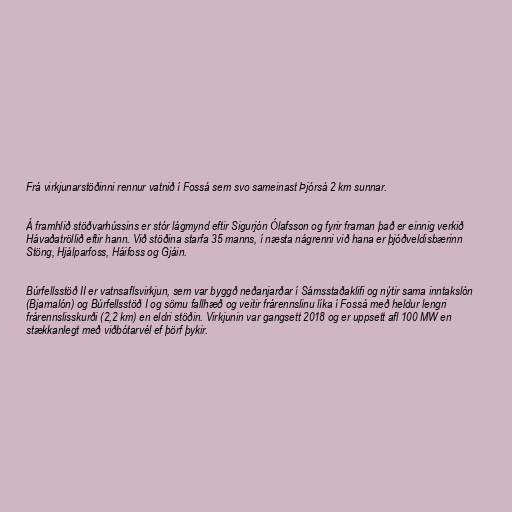
Frá virkjunarstöðinni rennur vatnið í Fossá sem svo sameinast Þjórsá 2 km sunnar.

Á framhlið stöðvarhússins er stór lágmynd eftir Sigurjón Ólafsson og fyrir framan það er einnig verkið
Hávaðatröllið eftir hann. Við stöðina starfa 35 manns, í næsta nágrenni við hana er þjóðveldisbærinn
Stöng, Hjálparfoss, Háifoss og Gjáin.

Búrfellsstöð II er vatnsaflsvirkjun, sem var byggð neðanjarðar í Sámsstaðaklifi og nýtir sama inntakslón
(Bjarnalón) og Búrfellsstöð I og sömu fallhæð og veitir frárennslinu líka í Fossá með heldur lengri
frárennslisskurði (2,2 km) en eldri stöðin. Virkjunin var gangsett 2018 og er uppsett afl 100 MW en
stækkanlegt með viðbótarvél ef þörf þykir.